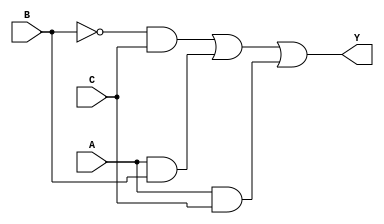
module sop_simplification (
    input wire A, // Input variable A
    input wire B, // Input variable B
    input wire C, // Input variable C
    output wire Y // Output Y representing the simplified SOP expression
);

// Simplified SOP expression derived from the K-map or algebraic simplification
// Minterms: 1 (001), 2 (010), 5 (101), 6 (110)
// The simplified expression derived: Y = B'C + AB + AC
assign Y = (~B & C) | (A & B) | (A & C);

endmodule